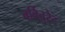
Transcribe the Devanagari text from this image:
बर्बितुरेट